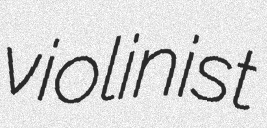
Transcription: violinist